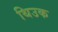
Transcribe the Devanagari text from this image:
थिउक